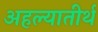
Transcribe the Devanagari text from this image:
अहल्यातीर्थ